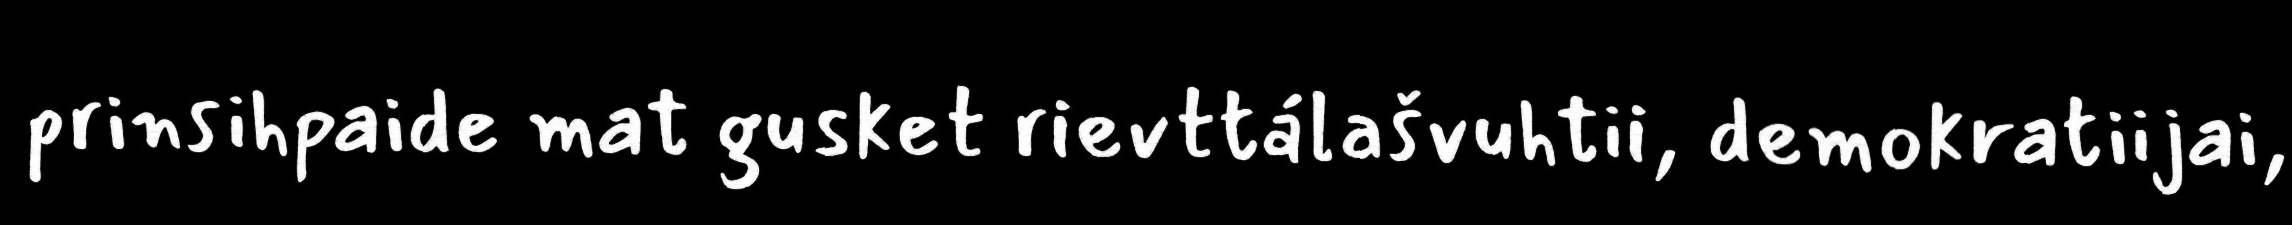
prinsihpaide mat gusket rievttálašvuhtii, demokratiijai,